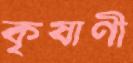
কৃষাণী